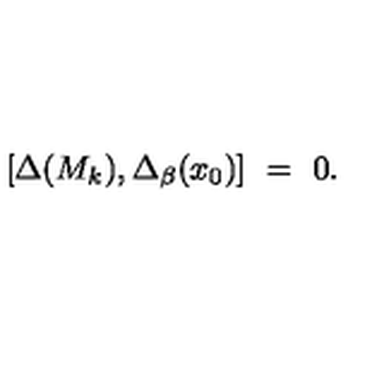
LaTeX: [ \Delta ( M _ { k } ) , \Delta _ { \beta } ( x _ { 0 } ) ] \ = \ 0 .